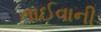
તાઈવાની